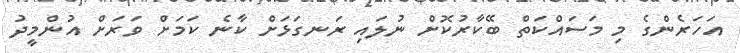
އަހަރެންގެ މި މަސައްކަތް ބޭކާރުކޮށް ނުލައި ރަނގަޅަށް ކާނެ ކަމަށް ވަރަށް އުންމީދު